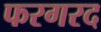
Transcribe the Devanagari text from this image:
फरगरद